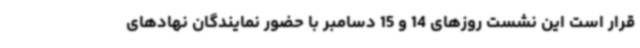
قرار است این نشست روزهای 14 و 15 دسامبر با حضور نمایندگان نهادهای